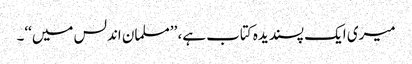
میری ایک پسندیدہ کتاب ہے، ’’مسلمان اندلس میں‘‘۔